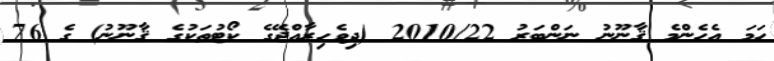
ހަމަ އެހެންމެ ޤާނޫނު ނަންބަރު 2010/22 (ދިވެހިރާއްޖޭގެ ކޯޓުތަކުގެ ޤާނޫނު) ގެ 76